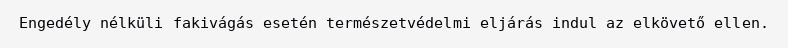
Engedély nélküli fakivágás esetén természetvédelmi eljárás indul az elkövető ellen.